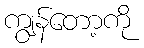
ကျွန်တော့ကို